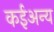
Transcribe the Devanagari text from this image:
कईअन्य